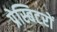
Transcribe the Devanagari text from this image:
प्रेस्बिटरों